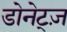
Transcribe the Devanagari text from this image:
डोनेट्ज़